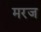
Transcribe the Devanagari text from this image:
मरज